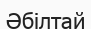
Әбілтай